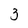
Character: 3